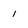
Character: 1